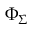
\Phi _ { \Sigma }